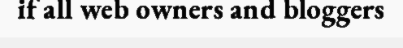
if all web owners and bloggers